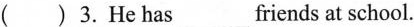
( )3.He has___friends at school.